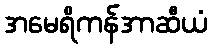
အမေရိကန်အာဆီယံ